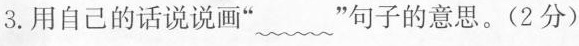
3.用自己的话说说画”~”句子的意思。(2分)